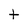
Character: t